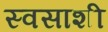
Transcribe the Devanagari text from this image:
स्वसाशी